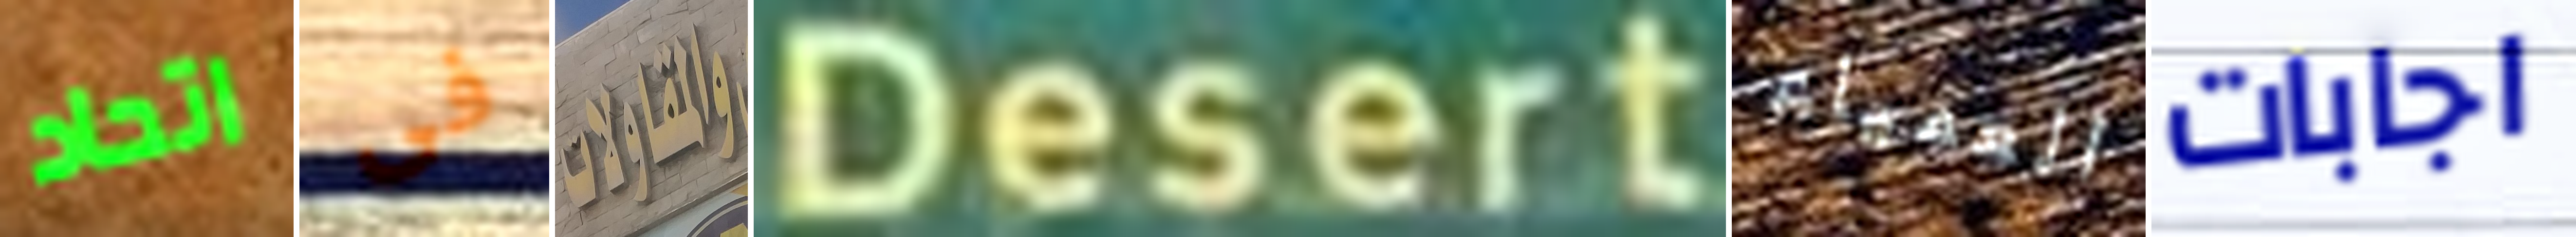
اتحاد فى والمقاولات Desert العمياء اجابات